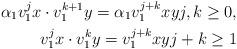
LaTeX: \begin{align*} \alpha_1v_1^j x \cdot v_1^{k+1}y = \alpha_1 v_1^{j+k}xy j,k\ge 0,\\ v_1^{j} x\cdot v_1^ky = v_1^{j+k}xy j+k\ge 1 \end{align*}